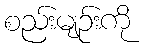
စည်းမျဉ်းကို